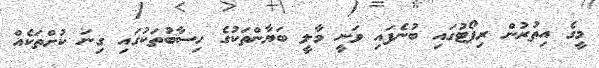
މީގެ އިތުރުން ރިޕޯޓުގައި ބުނެފައި ވަނީ މާލީ ބަޔާންތަކުގެ ހިސާބުތަކުގައި ގިނަ ކުށްތަކެއް